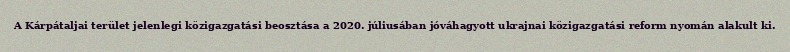
A Kárpátaljai terület jelenlegi közigazgatási beosztása a 2020. júliusában jóváhagyott ukrajnai közigazgatási reform nyomán alakult ki.